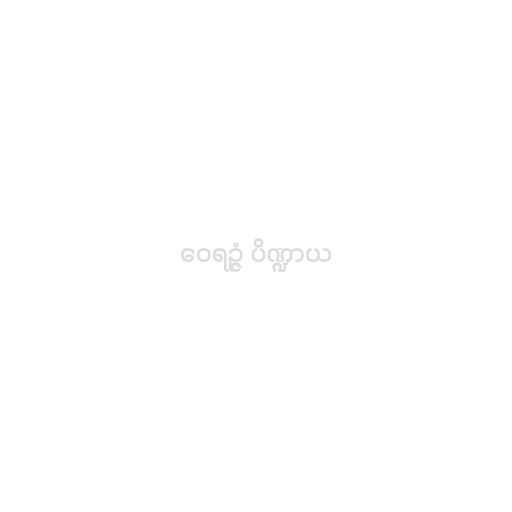
ဝေရဉ္ဇံ ပိဏ္ဍာယ